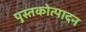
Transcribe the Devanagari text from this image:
पुस्तकोत्पादन